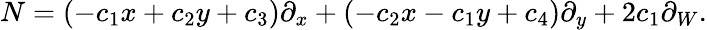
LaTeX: N=(-c_{1}x+c_{2}y+c_{3})\partial_{x}+(-c_{2}x-c_{1}y+c_{4})\partial_{y}+2c_{1}\partial_{W}.